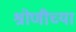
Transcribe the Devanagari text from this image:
श्रोणीच्या